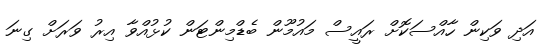
އަދި ވަކިން ހާއްސަކޮށް ރައީސް މައުމޫން ބެޑްމިންޓަން ކުޅުއްވާ އިރު ވަރަށް ގިނަ